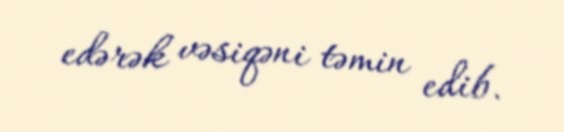
edərək vəsiqəni təmin edib.